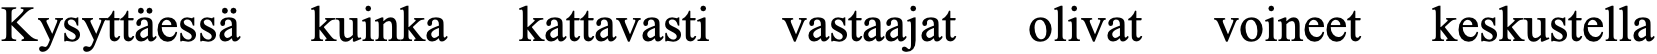
Kysyttäessä kuinka kattavasti vastaajat olivat voineet keskustella